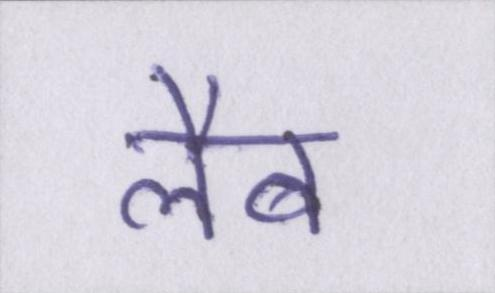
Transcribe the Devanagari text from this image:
लैब